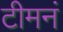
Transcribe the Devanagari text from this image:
टीमनं